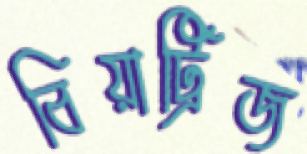
বিয়াট্রিজ